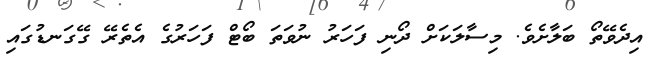
އިދެވޭތޯ ބަލާށެވެ. މިސާލަކަށް ދޯނި ފަހަރު ނުވަތަ ބޯޓް ފަހަރުގެ އެތެރޭ ގޭގަނޑުގައި